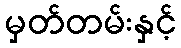
မှတ်တမ်းနှင့်